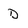
Character: D